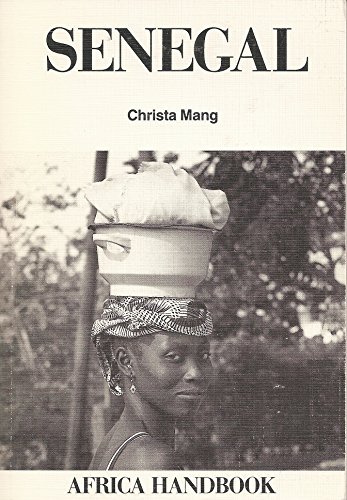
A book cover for Senegal (Africa handbook); Christa Mang; Travel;